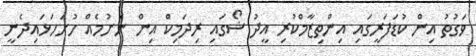
ވަގުތު އިން ކުޑަފަރީގައި އިންތިޒާމްކުރި އީދު ޝޯގައި ރިދަމިކް އިން ނެށުމެއް ހުށަހަޅައިދެނީ